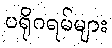
ပရိုဂရမ်များ